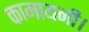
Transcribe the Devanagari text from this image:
कामायनी।